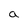
Character: a